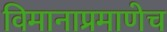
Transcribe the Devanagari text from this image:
विमानाप्रमाणेच